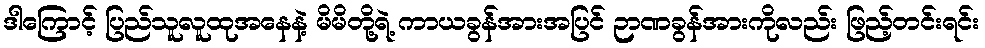
ဒါကြောင့် ပြည်သူလူထုအနေနဲ့ မိမိတို့ရဲ့ ကာယခွန်အားအပြင် ဉာဏခွန်အားကိုလည်း ဖြည့်တင်းရင်း